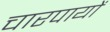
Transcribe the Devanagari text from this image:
चारपायों